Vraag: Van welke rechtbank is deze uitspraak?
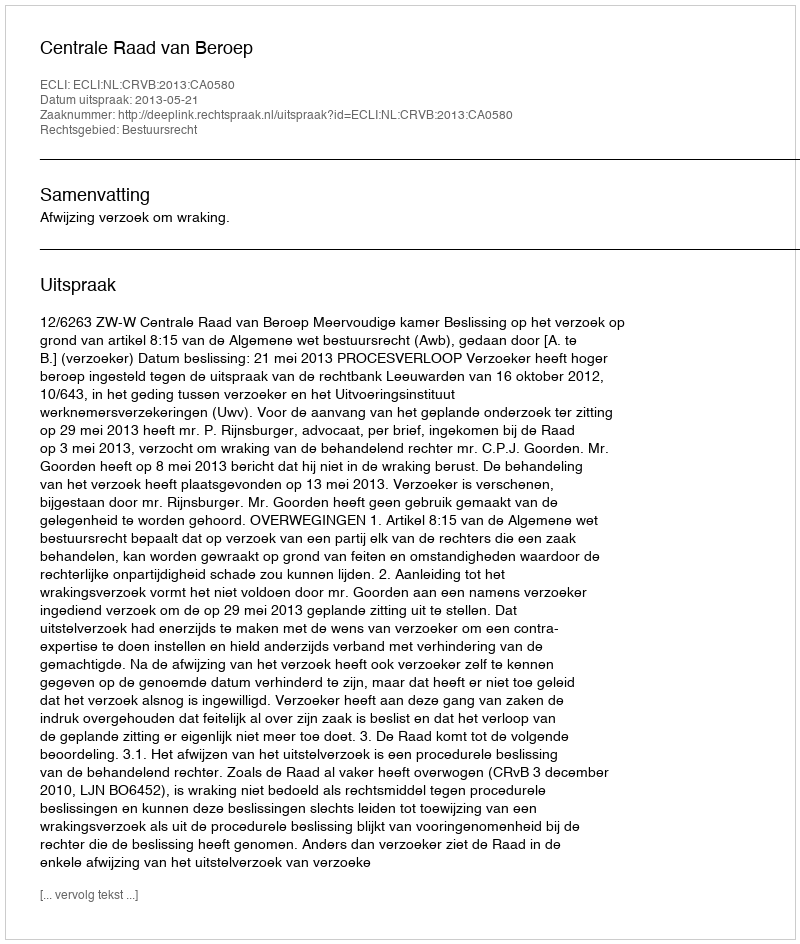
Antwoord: Centrale Raad van Beroep